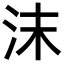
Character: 沫